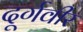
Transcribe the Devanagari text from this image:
दूर्गवीर